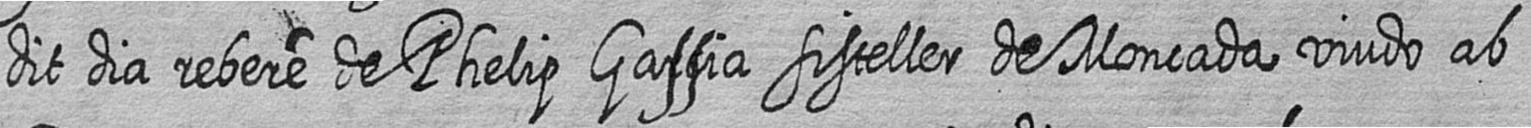
dit dia rebere de Phelip Gassia sisteller de Moncada viudo ab